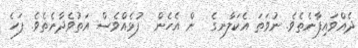
ދެއްވައިފާނެތެވެ. ނުވަތަ އެކަލާނގެ  ން އެހެން  ފުޅެއްވެސް އަތުވެދާނެތެވެ. ފަހެ